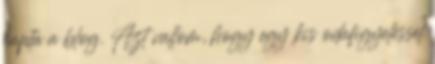
kapta a blog. Azt vallom, hogy egy kis odafigyeléssel